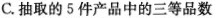
C.抽取的5件产品中的三等品数